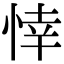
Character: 悻